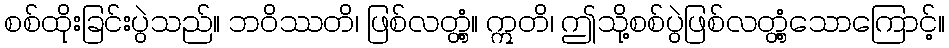
စစ်ထိုးခြင်းပွဲသည်။ ဘဝိဿတိ၊ ဖြစ်လတ္တံ့။ ဣတိ၊ ဤသို့စစ်ပွဲဖြစ်လတ္တံ့သောကြောင့်။